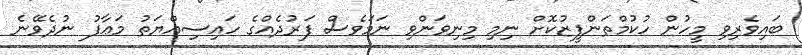
ބައިވެރިވި މީހުން ހުކުމްތަންފީޒުކޮށް ނިމި މިނިވަންވި ނަމަވެސް ފަރުދެއްގެ ހައިސިއްޔަތު މަޢާފު ނުދެވޭނެ